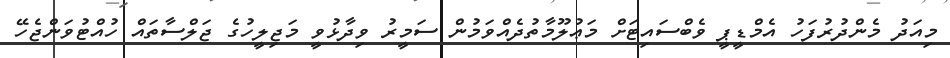
މިއަދު މެންދުރުފަހު އެމްޑީޕީ ވެބްސައިޓަށް މަޢުލޫމާތުދެއްވަމުން ސަމީރު ވިދާޅުވީ މަޖިލީހުގެ ޖަލްސާތައް ހުއްޓުވަންޖެހޭ